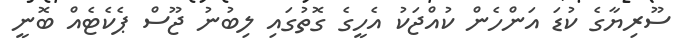
ސޫރިޔާގެ ކުޑަ އަންހެން ކުއްޖަކު އެހީގެ ގޮތުގައި ލިބުނު ޖޫސް ޕެކެޓެއް ބޮނީ